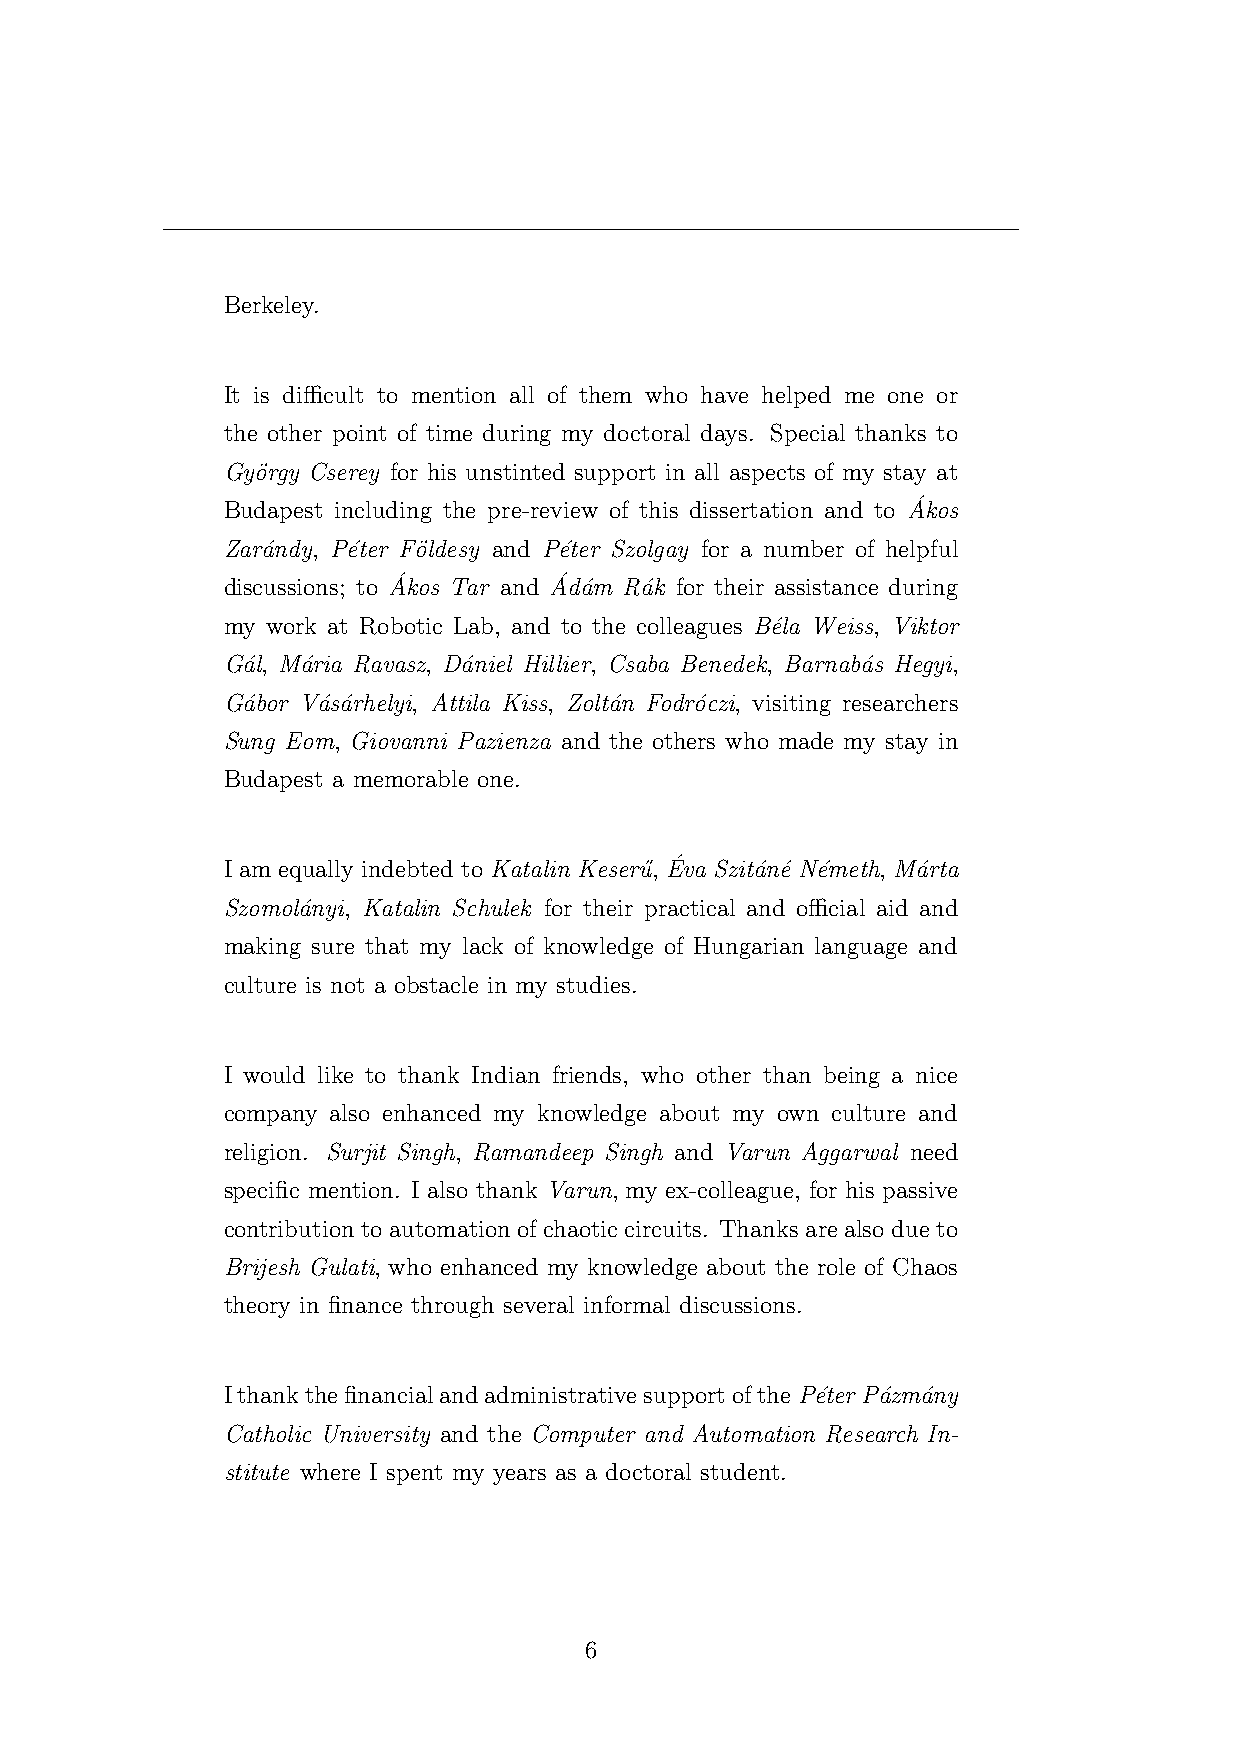
Berkeley.
 It is difficult to mention all of them who have helped me one or
 the other point of time during my doctoral days. Special thanks to
 Gy¨orgy Cserey for his unstinted support in all aspects of my stay at
 ´
 Budapest including the pre-review of this dissertation and to Akos
 Zar´andy, P´eter F¨oldesy and P´eter Szolgay for a number of helpful
 ´          ´
 discussions; to Akos Tar and Ad´am R´ak for their assistance during
 my work at Robotic Lab, and to the colleagues B´ela Weiss, Viktor
 G´al, M´aria Ravasz, D´aniel Hillier, Csaba Benedek, Barnab´as Hegyi,
 G´abor V´as´arhelyi, Attila Kiss, Zolt´an Fodr´oczi, visiting researchers
 Sung Eom, Giovanni Pazienza and the others who made my stay in
 Budapest a memorable one.
 ´
 I am equally indebted to Katalin Keseru˝, Eva Szit´an´e N´emeth, M´arta
 Szomol´anyi, Katalin Schulek for their practical and official aid and
 making sure that my lack of knowledge of Hungarian language and
 culture is not a obstacle in my studies.
 I would like to thank Indian friends, who other than being a nice
 company also enhanced my knowledge about my own culture and
 religion. Surjit Singh, Ramandeep Singh and Varun Aggarwal need
 specific mention. I also thank Varun, my ex-colleague, for his passive
 contribution to automation of chaotic circuits. Thanks are also due to
 Brijesh Gulati, who enhanced my knowledge about the role of Chaos
 theory in finance through several informal discussions.
 Ithankthefinancialandadministrativesupportofthe P´eter P´azm´any
 Catholic University and the Computer and Automation Research In-
 stitute where I spent my years as a doctoral student.
 6